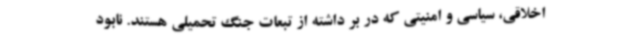
اخلاقی، سیاسی و امنیتی که در بر داشته از تبعات جنگ تحمیلی هستند. نابود